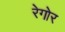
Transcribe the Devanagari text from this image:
रेगोर